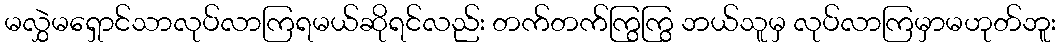
မလွှဲမရှောင်သာလုပ်လာကြရမယ်ဆိုရင်လည်း တက်တက်ကြွကြွ ဘယ်သူမှ လုပ်လာကြမှာမဟုတ်ဘူး